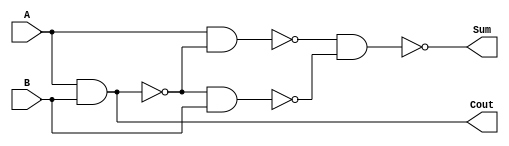
`timescale 1ns / 1ps

module HalfAdd ( Cout , Sum , A, B ) ;
  input A, B ;
  output Cout , Sum ; // in and out ports
  


	wire x,y,z; //internal nets

	nand n1(x, A, B); // nand half adder logic
	nand n2(y, A, x);
	nand n3(z, x, B);
	nand n4(Sum, y, z);
	nand n5(Cout, x, x);


endmodule